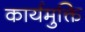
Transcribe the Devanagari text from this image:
कार्यमुक्ति